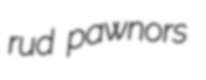
rud pawnors